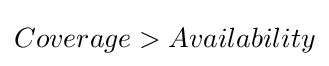
Coverage>Availability